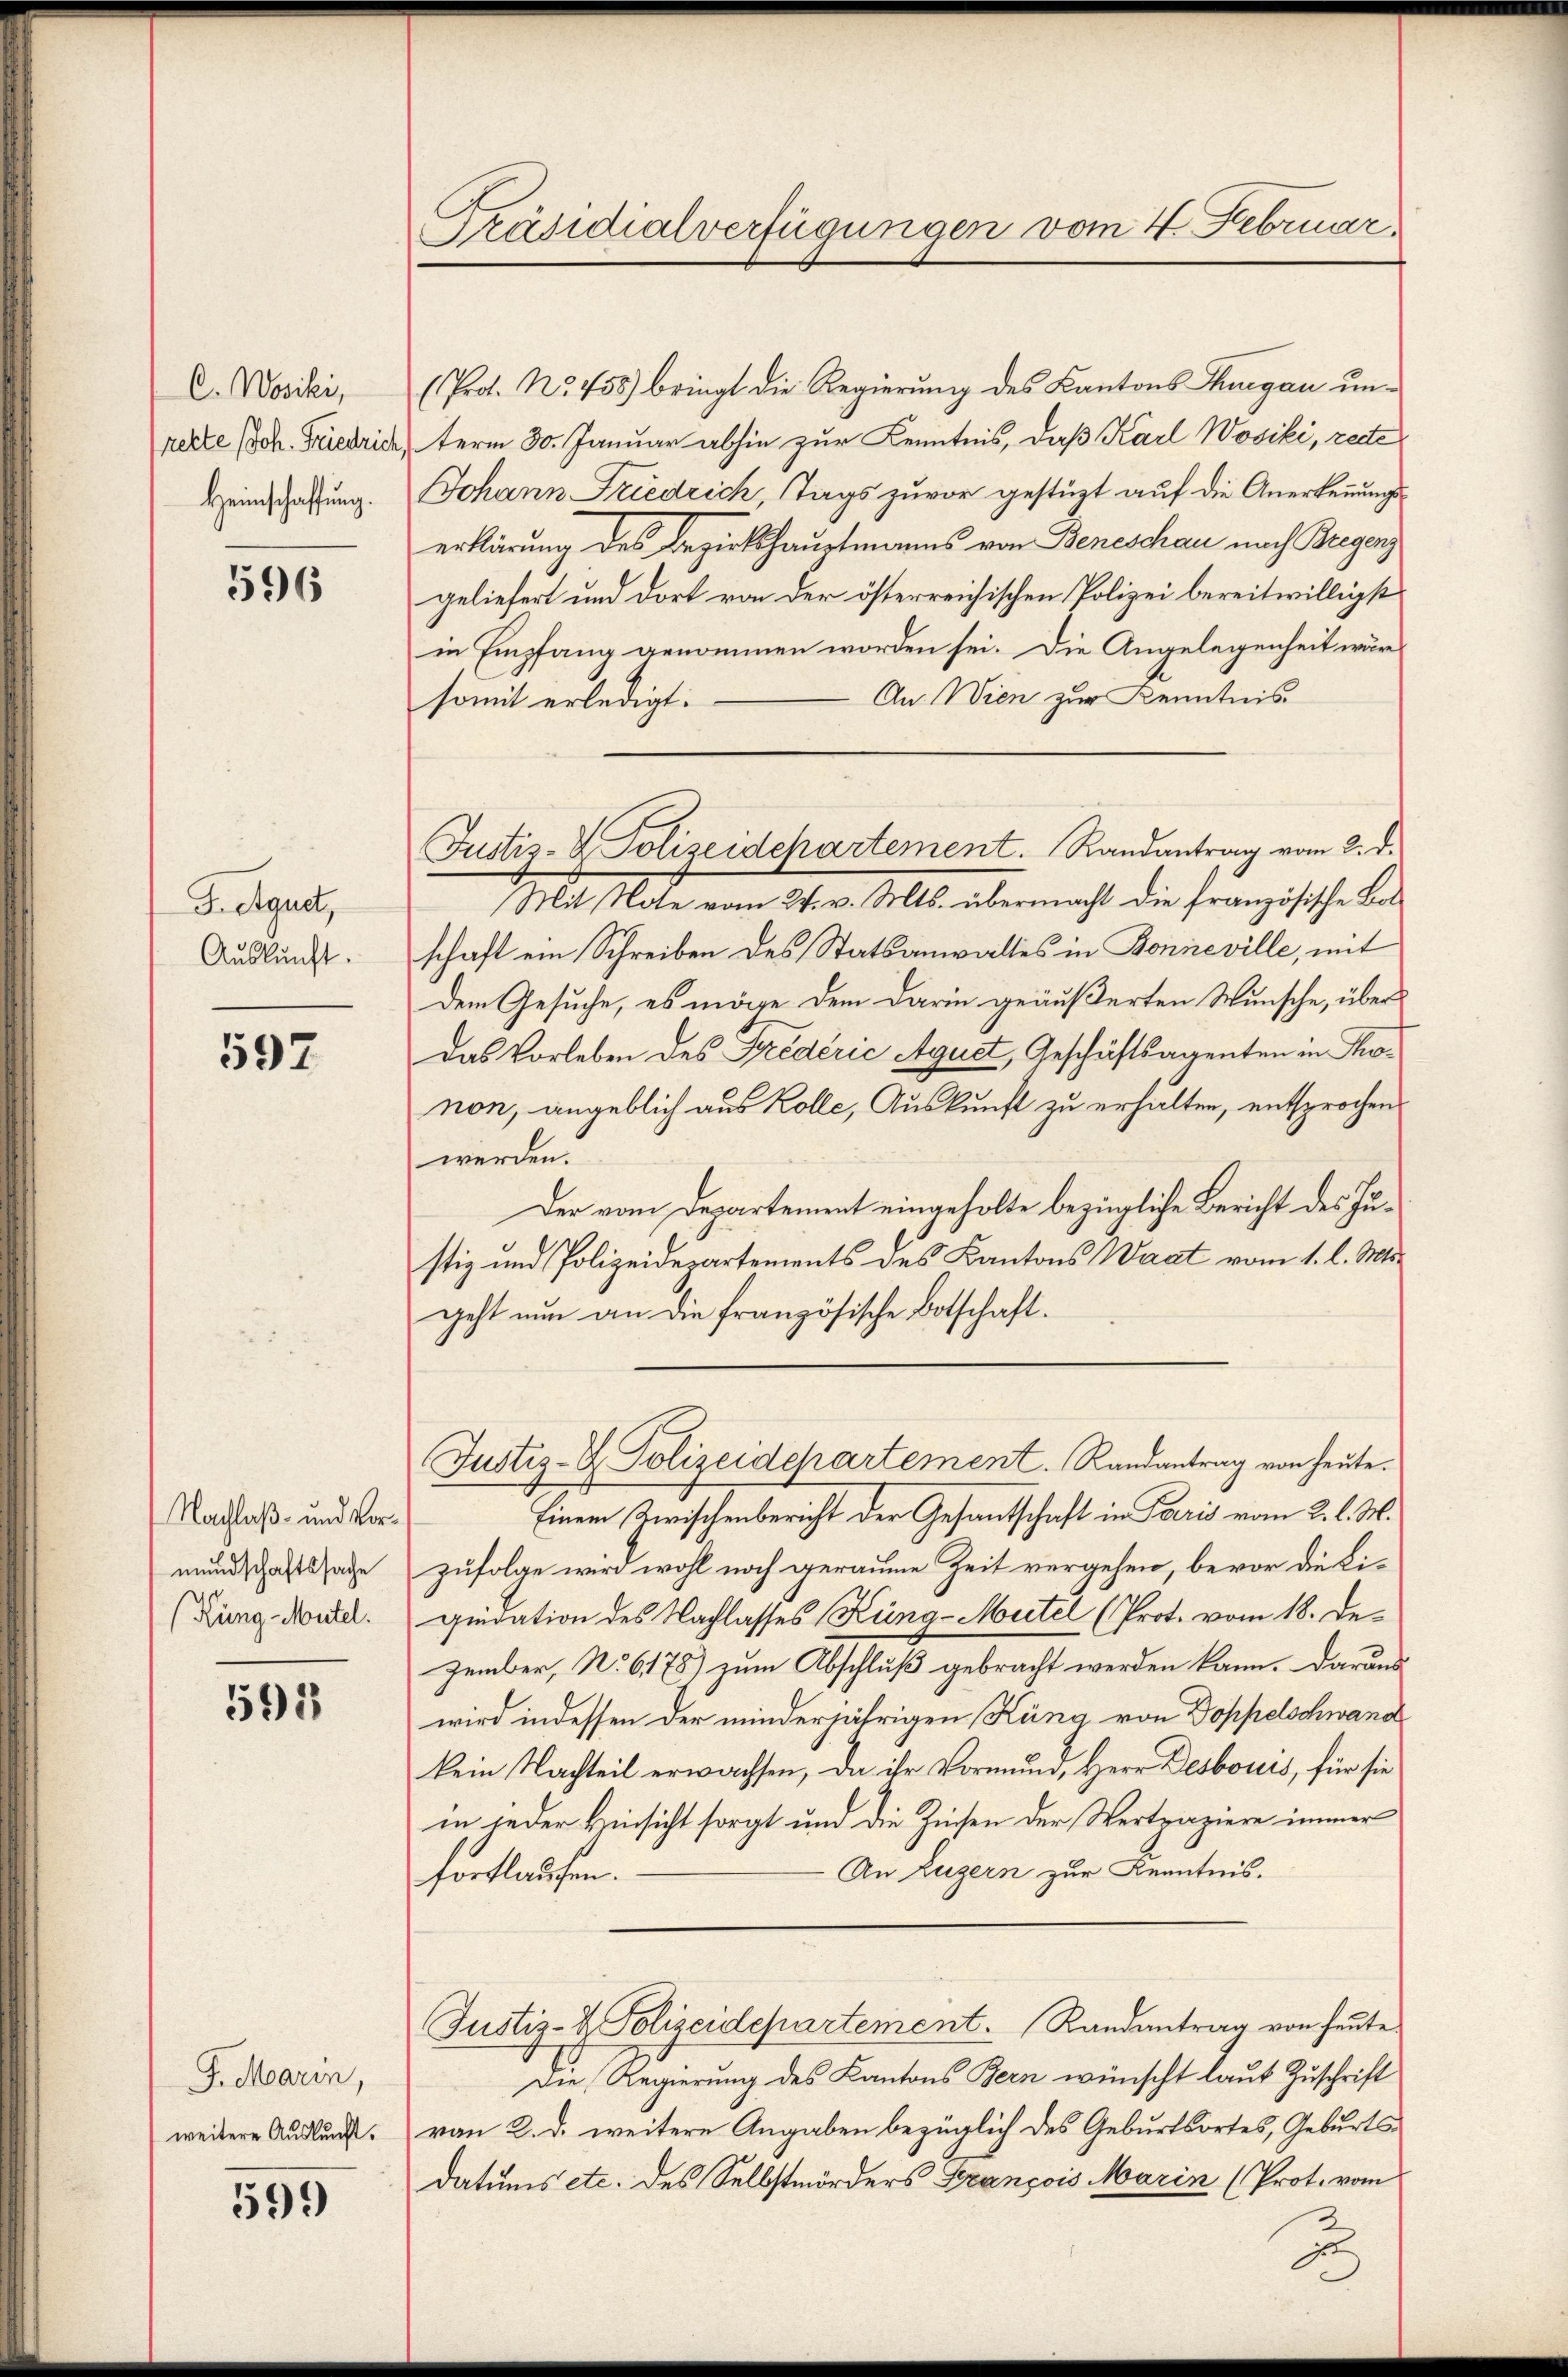
C.Wosiki,
Heimschaffung.

596

J. Aquet,
Auskunft.

597

Nachlaß- und Vormundschaftssache
(Kung-Mutel.

593

G. Marin,
weitere Auskunft.

599

Präsidialverfügungen vom 4. Februar.

(Prot. No. 458) bringt die Regierung des Kantons Thurgau unrette Joh. Friedrich, term 30. Januar abhin zur Kenntnis, daß Karl Wosiki, recte
Johann Friedrich, Tags zuvor gestüzt auf die Anerkennungserklärung des Bezirkshauptmanns von Beneschau nach Bregenz
geliefert und dort von der österreichischen Polizei bereitwilligst
in Empfang genommen worden sei. Die Angelegenheit wur
An Wien zur Kenntnis
somit erledigt.
Mit Note vom 24. v. Mts. übermacht die französische Botschaft ein Schreiben des Statsanwaltes in Bonneville, mit
Dem Gesuche, es möge dem Darin geäußerten Wunsche, über¬
Das Vorleben des Fredérić Aguet, Geschäftsagenten in Thonon, angeblich aus Kolle, Auskunft zu erhalten, entsprochen
werden.
Der vom Departement eingeholte bezügliche Bericht des Justiz und Polizeidepartements des Kantons Waat vom 1. l. Mts.
geht nun an die französische Botschaft.
Justiz- & Polizeidepartement. Randantrag von heute.
Einem Zwischenbericht der Gesandtschaft in Paris vom 2. l. M.
zufolge wird wohl noch geraume Zeit vergehen, bevor die Liquidation des Nachlasses Küng-Montel (Prot. vom 18. Dezember, No 6178) zum Abschluß gebracht werden kann. Daraus
wird indessen der minderjährigen Küng von Doppelschwand
kein Nachteil erwachsen, da ihr Vormund, Herr Desbours, für sie
in jeder Hinsicht sorgt und die Zinsen der Wertpapiere immer
An Luzern zur Kenntnis.
fortlaufen.
Justiz- & Polizeidepartement. Randantrag von heute.
Die Regierung des Kantons Bern wünscht laut Zuschrift
von 2. d. weitere Angaben bezüglich des Geburtsortes, Geburtsdatums etc. des Selbstmörders François Marin (Prot. vom

Justiz- & Polizeidepartement. Randantrag vom 2. d.

z